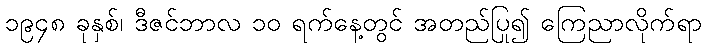
၁၉၄၈ ခုနှစ်၊ ဒီဇင်ဘာလ ၁၀ ရက်နေ့တွင် အတည်ပြု၍ ကြေညာလိုက်ရာ